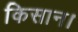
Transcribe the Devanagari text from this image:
किसान।